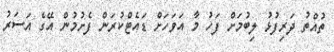
ތުއްތުު ދަރިފުޅު ލިބުމަށް ފަހު މާ އަވަހަށް ޑައެޓްކުރަން ފެށުމުން އޭގެ އަސަރު